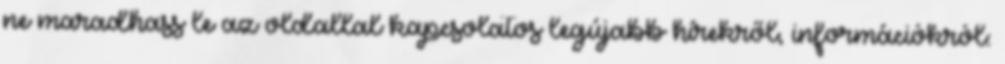
ne maradhass le az oldallal kapcsolatos legújabb hírekről, információkról: